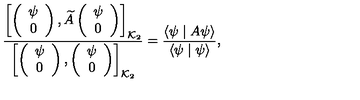
\frac { \left[ \left( \begin{array} { c } { \psi } \\ { 0 } \\ \end{array} \right) , \widetilde { A } \left( \begin{array} { c } { \psi } \\ { 0 } \\ \end{array} \right) \right] _ { { \cal K } _ { 2 } } } { \left[ \left( \begin{array} { c } { \psi } \\ { 0 } \\ \end{array} \right) , \left( \begin{array} { c } { \psi } \\ { 0 } \\ \end{array} \right) \right] _ { { \cal K } _ { 2 } } } = \frac { \langle \psi \mid A \psi \rangle } { \langle \psi \mid \psi \rangle } ,